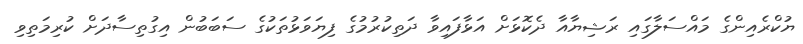
ޔުކްރެއިންގެ މައްސަލާގައި ރަޝިޔާއާ ދެކޮޅަށް އަޅާފައިވާ ދަތިކުރުމުގެ ފިޔަވަޅުތަކުގެ ސަބަބުން އިގުތިސާދަށް ކުރިމަތިވި